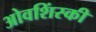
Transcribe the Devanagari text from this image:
ओवशिंस्की